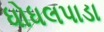
ધોધલપાડા